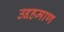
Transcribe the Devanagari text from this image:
उद्दहमाण